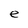
Character: e